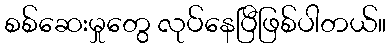
စစ်ဆေးမှုတွေ လုပ်နေပြီဖြစ်ပါတယ်။